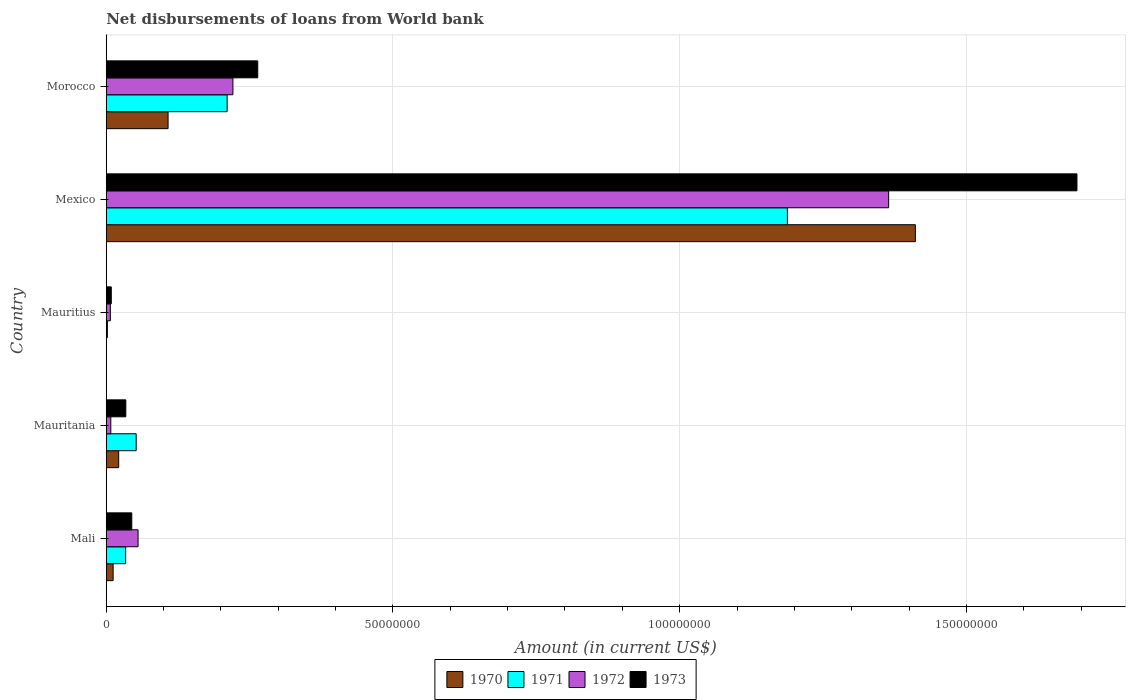
| Country | 1970 | 1971 | 1972 | 1973 |
 | --- | --- | --- | --- | --- |
 | Mali | 1.2e+06 | 3.39e+06 | 5.55e+06 | 4.45e+06 |
 | Mauritania | 2.17e+06 | 5.22e+06 | 7.93e+05 | 3.41e+06 |
 | Mauritius | -2.95e+05 | 1.99e+05 | 7.17e+05 | 8.79e+05 |
 | Mexico | 1.41e+08 | 1.19e+08 | 1.36e+08 | 1.69e+08 |
 | Morocco | 1.08e+07 | 2.11e+07 | 2.21e+07 | 2.64e+07 |